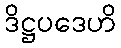
ဒိဋ္ဌပဒေဟိ